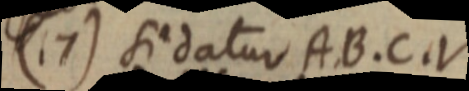
17) Si datur A B. C. V